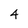
Character: 4